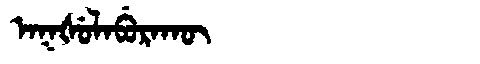
Manchu: ᠠᡴᡧᡠᠯᠠᠪᡠᡵᠠᡴᡡ
Romanization: AKŠULABURAKŪ